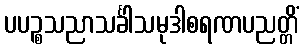
ပပဉ္စသညာသင်္ခါသမုဒါစရဏပညတ္တိံ